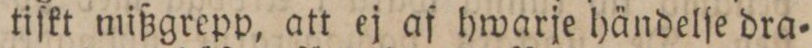
tiſkt mißgrepp, att ej af hwarje händelſe dra=